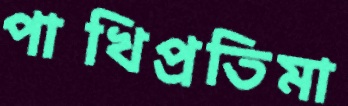
পাখিপ্রতিমা